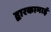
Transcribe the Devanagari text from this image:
द्वारकामाई